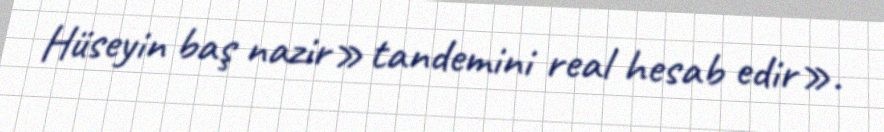
Hüseyin baş nazir» tandemini real hesab edir».